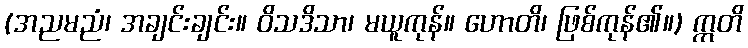
(အညမညံ၊ အချင်းချင်း။ ဝိသဒိသာ၊ မယူကုန်။ ဟောတိ၊ ဖြစ်ကုန်၏။) ဣတိ